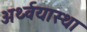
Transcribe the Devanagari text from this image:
अर्थ्वयास्था